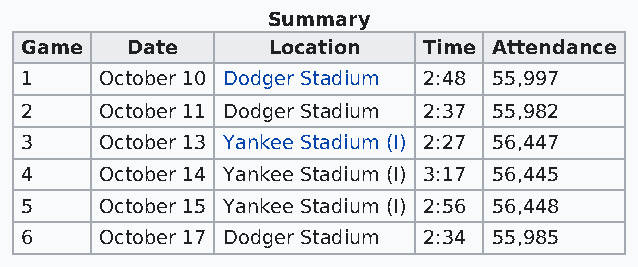
Summary
 Game   Date      Location  Time Attendance
 1     October 10 Dodger Stadium 2:48 55,997
 2     October 11 Dodger Stadium 2:37 55,982
 3     October 13 Yankee Stadium (I) 2:27 56,447
 4     October 14 Yankee Stadium (I) 3:17 56,445
 5     October 15 Yankee Stadium (I) 2:56 56,448
 6     October 17 Dodger Stadium 2:34 55,985